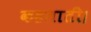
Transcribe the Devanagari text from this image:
कहलाती।